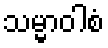
သမ္မာဝါစံ